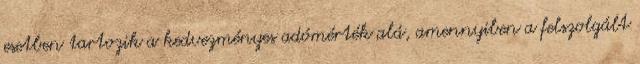
esetben tartozik a kedvezményes adómérték alá, amennyiben a felszolgált